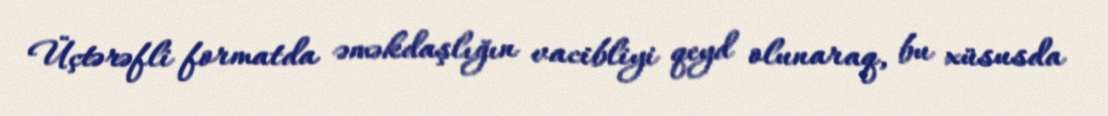
Üçtərəfli formatda əməkdaşlığın vacibliyi qeyd olunaraq, bu xüsusda